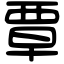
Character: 覃